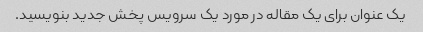
یک عنوان برای یک مقاله در مورد یک سرویس پخش جدید بنویسید.